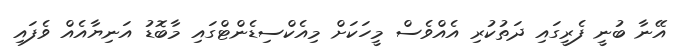
އޭނާ ބުނީ ފެރީގައި ދަތުކުރި އެއްވެސް މީހަކަށް މިއެކްސިޑެންޓްގައި މާބޮޑު އަނިޔާއެއް ވެފައި